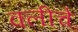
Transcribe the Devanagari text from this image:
क्लीचे